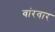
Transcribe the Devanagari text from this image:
वांरवार